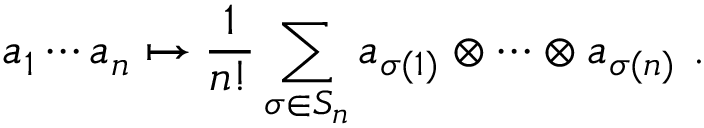
a _ { 1 } \cdots a _ { n } \mapsto { \frac { 1 } { n ! } } \sum _ { \sigma \in S _ { n } } a _ { \sigma ( 1 ) } \otimes \cdots \otimes a _ { \sigma ( n ) } ~ .